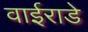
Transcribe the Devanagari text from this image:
वाईराडे